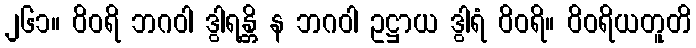
၂၆၁။ ဝိဝရိ ဘဂဝါ ဒွါရန္တိ န ဘဂဝါ ဥဋ္ဌာယ ဒွါရံ ဝိဝရိ။ ဝိဝရိယတူတိ